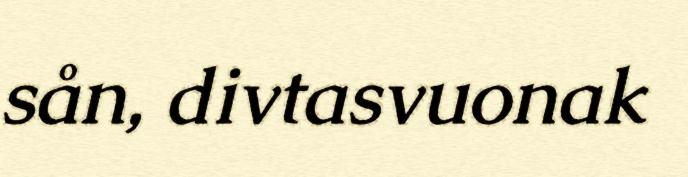
sån, divtasvuonak